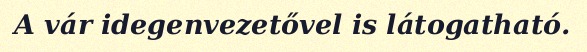
A vár idegenvezetővel is látogatható.